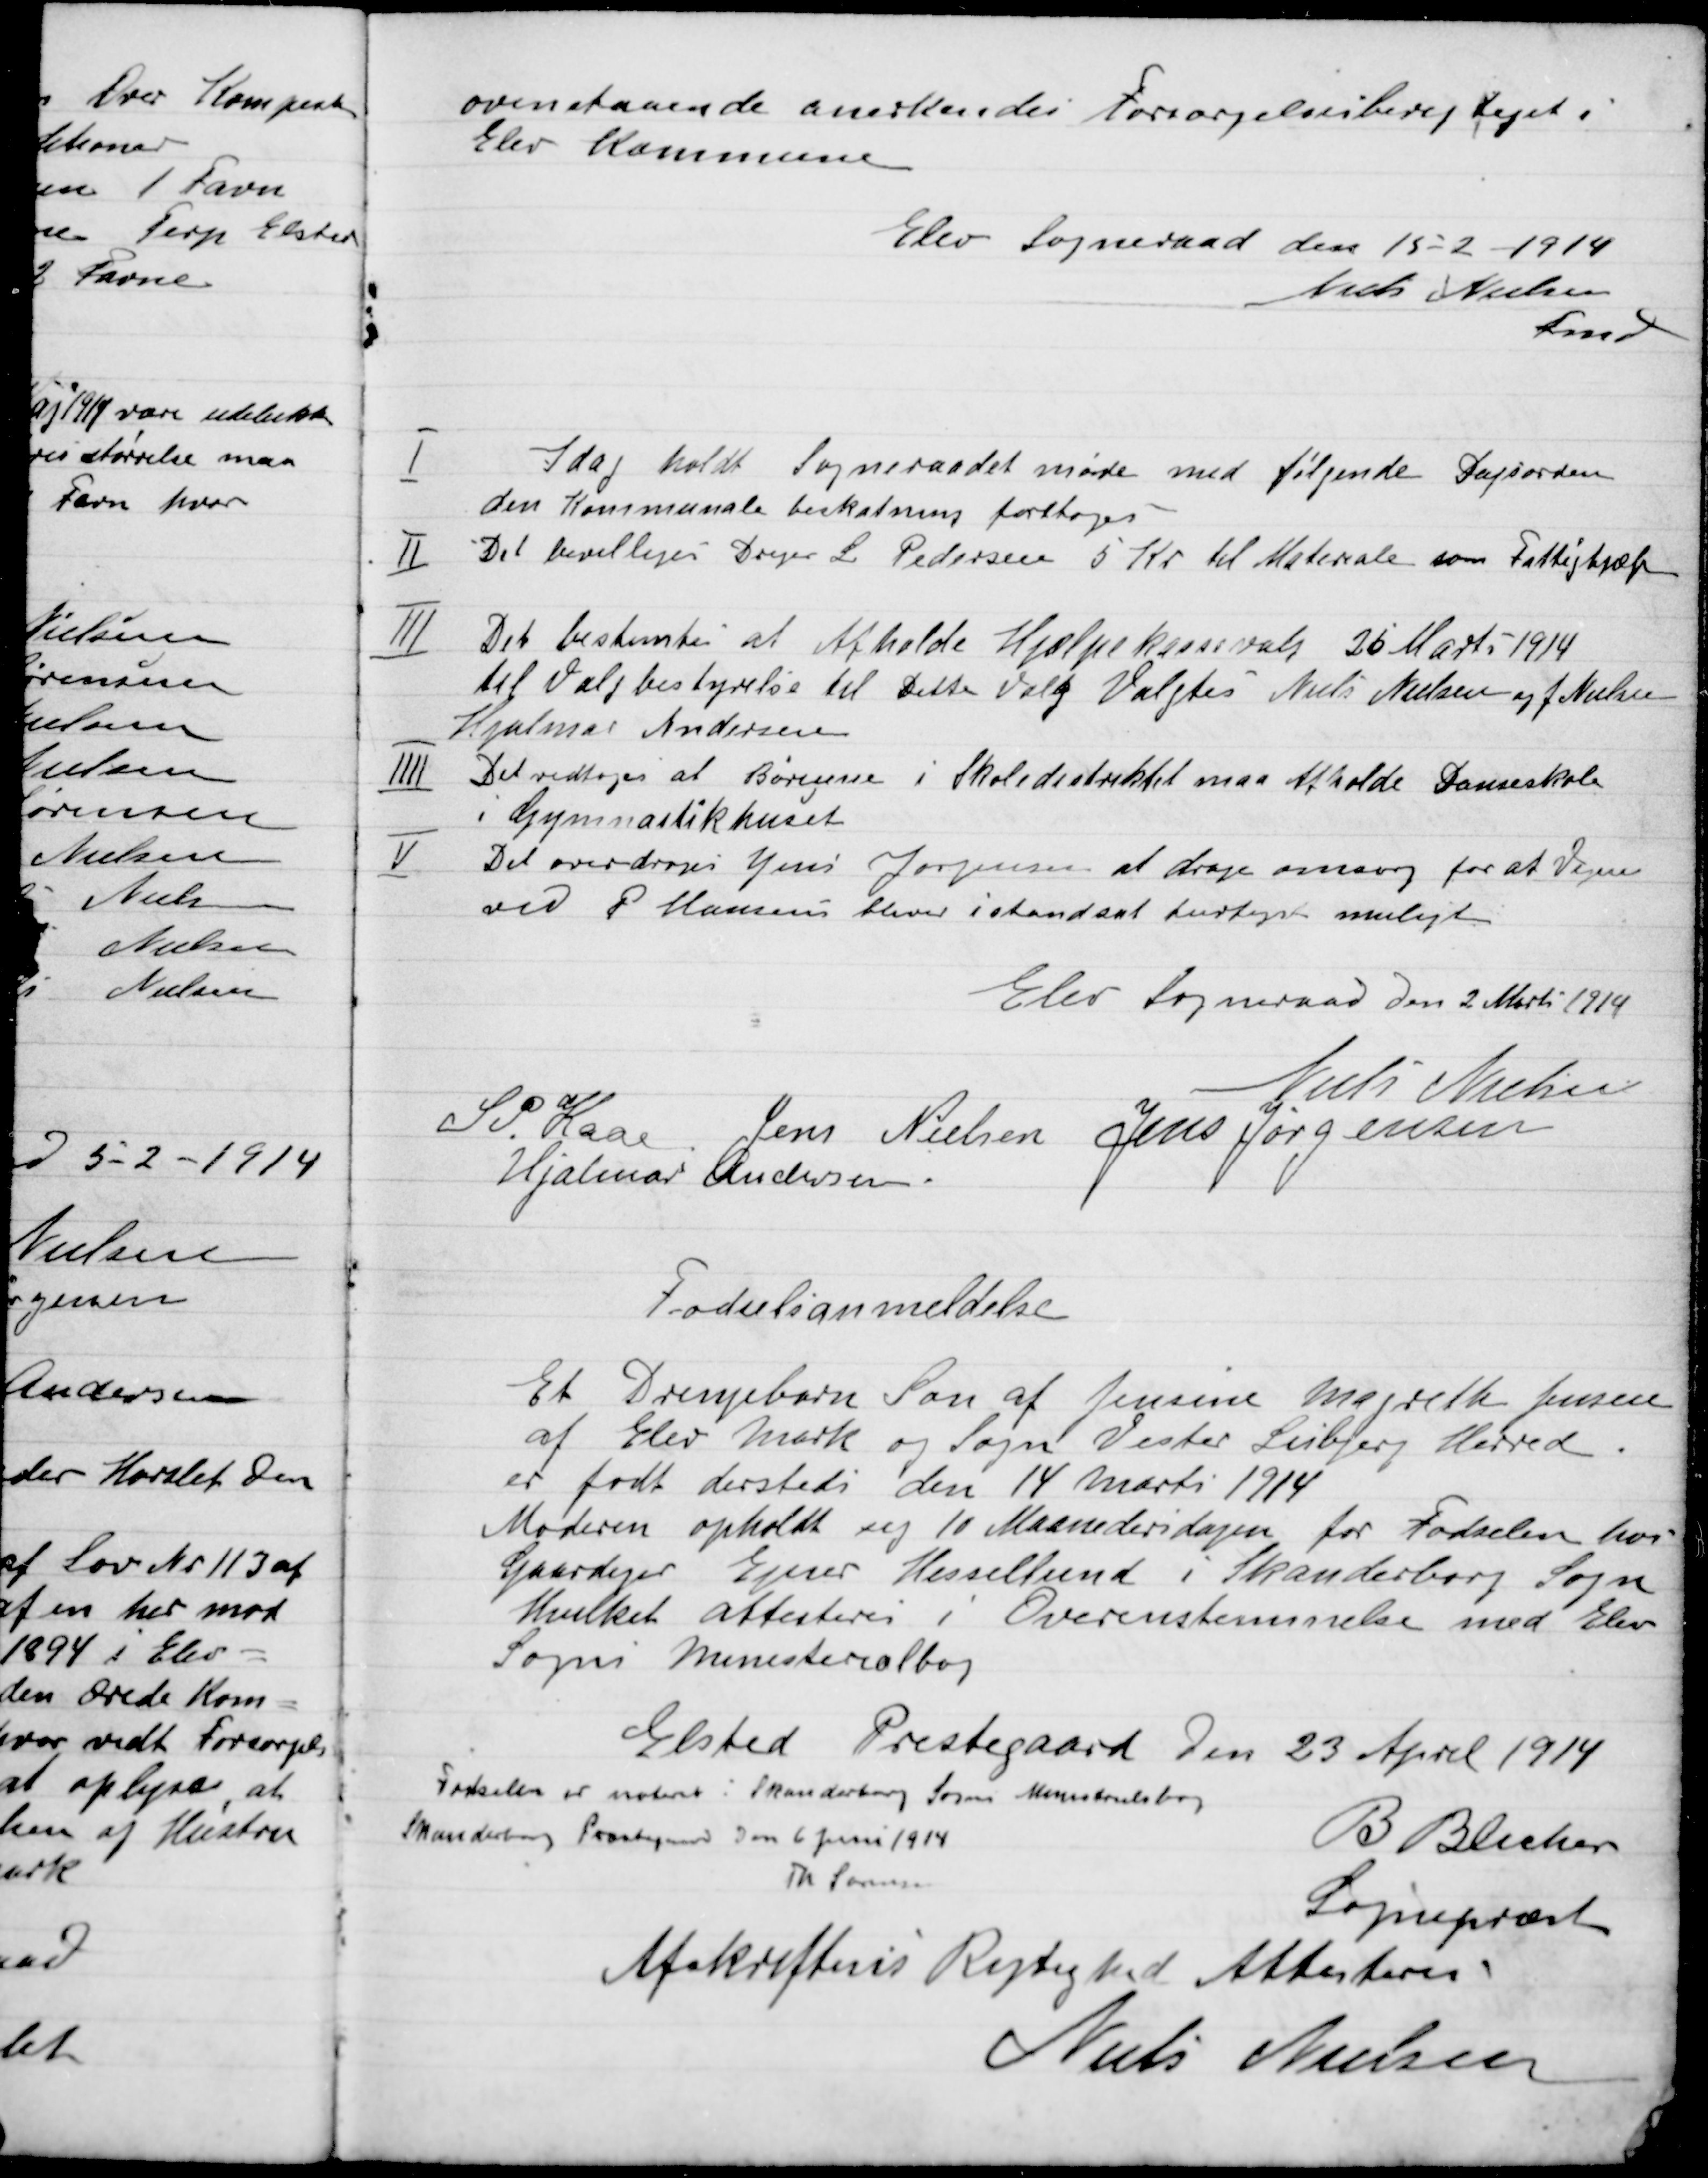
Transskription:
overstaaende anerkendes Forsørgelsesberettiget i
Elev Kommune
Elev Sogneraad den 15-2-1914
Niels Nielsen
Fmd.

Idag holdt Sogneraadet møde med følgende Dagsorden

I

den Kommunale beskatning forttages

II

Det bevilligedes Drejer L. Pedersen 5 Kr. til Materiale som Fattighjælp

III

Det bestemtes at afholde Hjælpeklassevalg 26 Marts. 1914
til valgbestyrelsen til Dette Valg Valgtes Niels Nielsen og J. Nielsen
Hjalmar Andersen

IIII

Det vedtoges at Afholde Hjælpekassevalg 25 Marts 1914
i Gymnastikhuset

V

Det overdrages Jens Jørgensen at drage omsorg for at Vejen
ved P. Hansen bliver  istandsat hurtigst muligt

Elev Sogneraad Den 2 Mars 1914

Niels Nielsen
S.P. Kaas
Jens Nielsen
Jens Jørgensen
Hjalmer Andersen

Fødselsanmeldelse
Et Drengebarn Søn af Jensine Magrethe Jensen
af Elev Mark og Sogne Vester Lisbjerg Herred.
Er født dersteds den 14 Marts 1914.
Moderen opholdt sig 10 Maanedersdagen for Fødslen hos
Gaardejer Ejnar Hessellund i Skanderborg Sogn
Hvilket attesteres i Overensstemmelse med Elev
Sogns
Elsted Prestegaard den 23 April 1914
Fødslen er noteret i Skanderborg Sogn
Skanderborg Præstegaard Den 6 Juni 1914
Th. Sørensen
B. Blicher
Sognepræst
Afskriftens Rigtighed Attesteres
Niels Nielsen